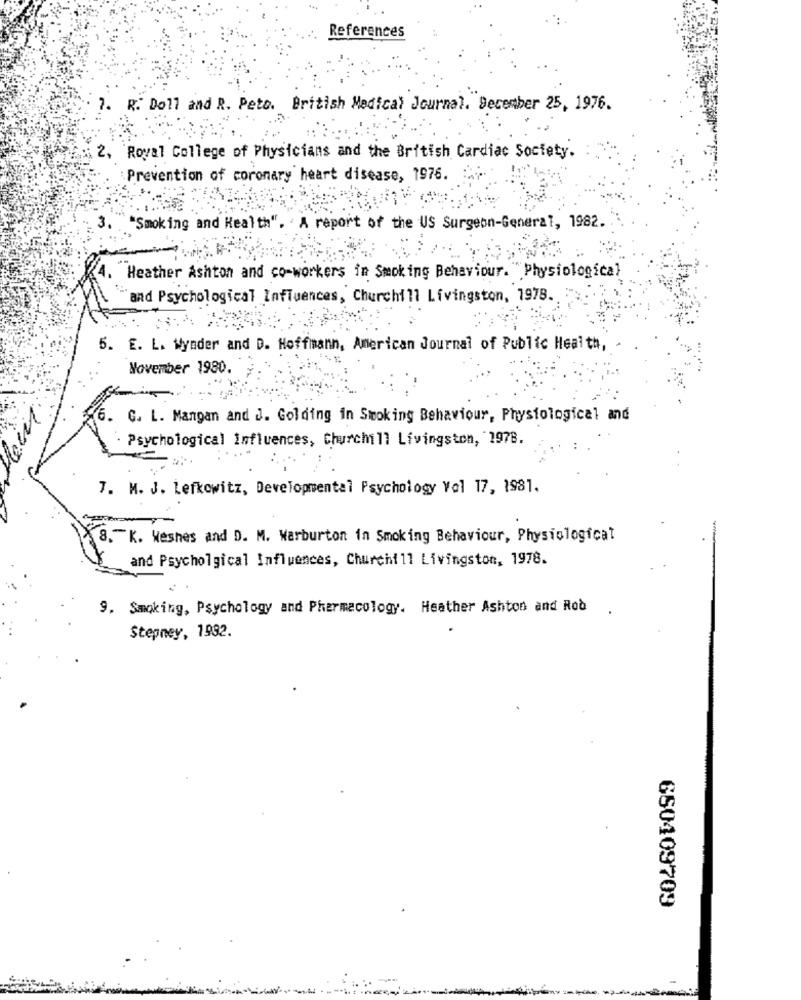
References
1. R: Doll and R. Peto. British Medical Journal. December 25, 1976.
2. Royal College of Physicians and the British Cardiac Society.
:Prevention of coronary heart disease, 1976.
3.
"Smoking and Health". ' A report of the US Surgeon-General, 1982.
"Heather Ashton and co-workers in Smoking Behaviour."Physiological
and Psychological Influences, Churchill Livingston, 1978.
5. E. L. Wynder and D. Hoffmann, American Journal of Public Health,
November 1980.
6. C. L. Mangan and J. Golding in Smoking Behaviour, Physiological and
Psychological Influences, Churchill Livingston, 1978.
....
7. M. J. Lefkowitz, Developmental Psychology Val 17, 1981.
8.K. Weshes and D. M. Warburton in Smoking Behaviour, Physiological
and Psycholgical Influences, Churchill Livingston, 1978.
9. Smoking, Psychology and Pharmacology. Heather Ashton and Rod
Stepney, 1932.
660409709